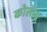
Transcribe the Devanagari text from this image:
कोलोग्न